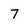
Character: 7